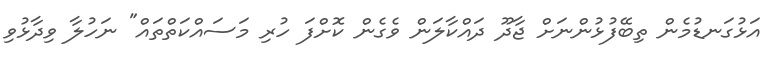
އަޅުގަނޑުމެން ތިބޭފުޅުންނަށް ޖާދޫ ދައްކާލަން ވެގެން ކޮށްފަ ހުރި މަސައްކަތްތައް" ނަހުލާ ވިދާޅުވި